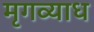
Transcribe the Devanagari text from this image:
मृगव्याध